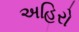
અહિરો